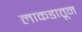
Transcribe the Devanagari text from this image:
लाकडातून